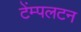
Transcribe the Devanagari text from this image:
टेंम्पलटन